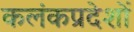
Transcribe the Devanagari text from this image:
कलंकप्रदेशों